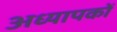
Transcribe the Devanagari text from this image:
अध्‍यापकों